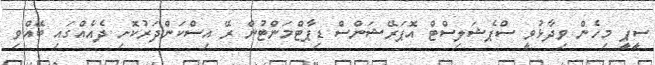
ސީޕީ މިހެން ވިދާޅުވީ ސްޕެޝަލިސްޓް އޮޕަރޭޝަންސް ޑިޕާޓްމަންޓުން ރޭ އިސްކަންދަރުކޮށި ދެއެއްގައި ބޭއްވި